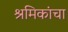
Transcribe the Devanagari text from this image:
श्रमिकांचा